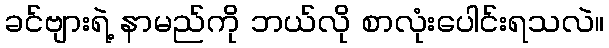
ခင်ဗျားရဲ့ နာမည်ကို ဘယ်လို စာလုံးပေါင်းရသလဲ။